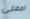
تمهلى